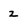
Character: z